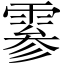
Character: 𫕨